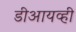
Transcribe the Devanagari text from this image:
डीआयव्ही